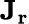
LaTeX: \mathbf{J_{r}}